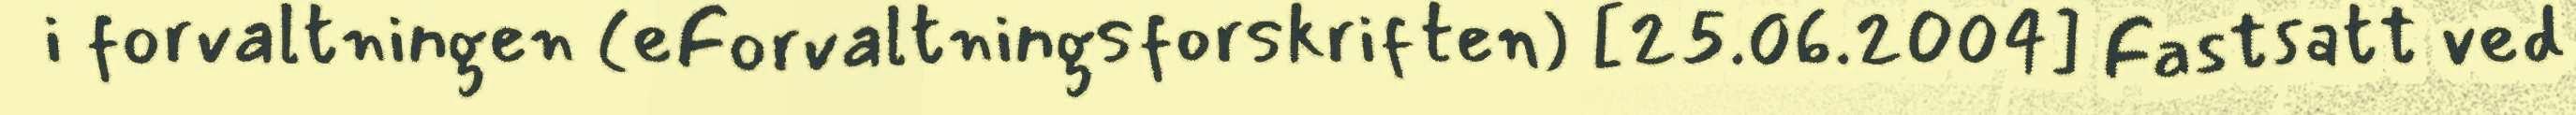
i forvaltningen (eForvaltningsforskriften) [25.06.2004] Fastsatt ved